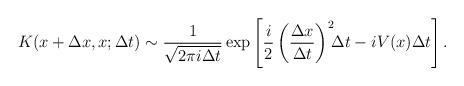
\begin{align*}K( x + \Delta x, x; \Delta t) \sim \frac{1}{ \sqrt{2 \pi i \Delta t} } \exp \left[ \frac{i}{2} \left( \frac{\Delta x}{\Delta t} \right)^2 \!\! \Delta t- i V(x) \Delta t\right].\end{align*}